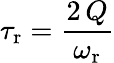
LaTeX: \tau_{\mathrm{r}}=\frac{2\, Q}{\omega_{\mathrm{r}}}